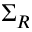
\Sigma _ { R }